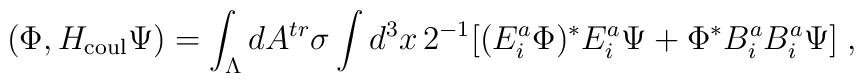
(\Phi, H_{\rm coul} \Psi) = \int_{\Lambda} dA^{tr} \sigma \int d^3x \, 2^{-1}[(E_i^a\Phi)^{*} E_i^a\Psi + \Phi^{*} B_i^a B_i^a\Psi]\;\mbox{,}